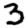
Digit: 3